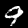
Label: 9